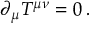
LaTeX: \partial _ { \mu } T ^ { \mu \nu } = 0 \, .